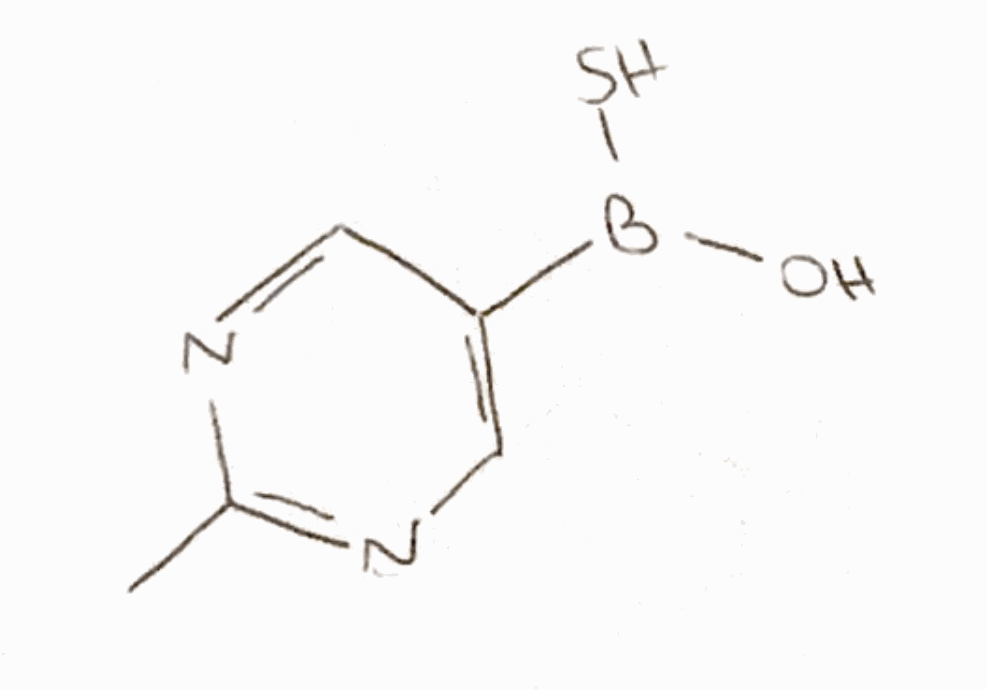
Simplified molecular-input line-entry system (SMILES) notation of the given molecule:
B(C1=CN=C(N=C1)C)(O)S